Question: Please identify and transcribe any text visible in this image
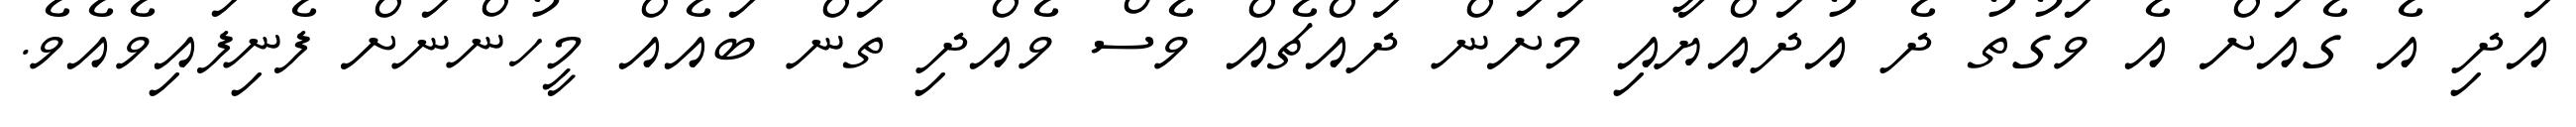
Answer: އަދި އެ ގެއަށް އެ ވަގުތު ދެ އުދައްޔާއި މަށަން ދައްޗެއް ވެސް ވެއްދި ތަން ބައެއް މީހުންނަށް ފެނިފައިވެއެވެ.